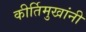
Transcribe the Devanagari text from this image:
कीर्तिमुखांनी